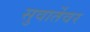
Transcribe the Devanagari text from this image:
सुवार्तेवर